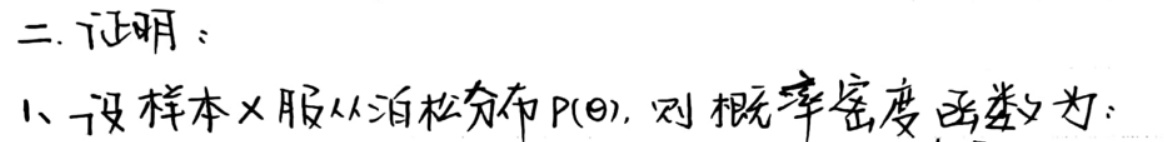
二. 证明：
1. 设样本$X$服从泊松分布$P(\theta)$，则概率密度函数为：